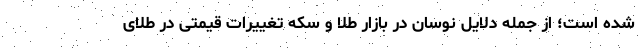
شده است؛ از جمله دلایل نوسان در بازار طلا و سکه تغییرات قیمتی در طلای